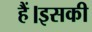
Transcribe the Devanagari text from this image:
हैं।इसकी